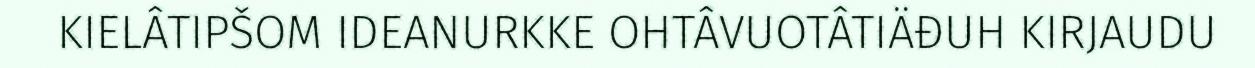
KIELÂTIPŠOM IDEANURKKE OHTÂVUOTÂTIÄĐUH KIRJAUDU